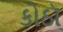
કોઠૉ